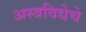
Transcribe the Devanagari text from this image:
अस्त्रविद्येचे